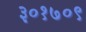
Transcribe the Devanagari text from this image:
३०१७०९